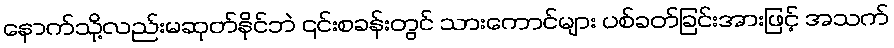
နောက်သို့လည်းမဆုတ်နိုင်ဘဲ ၎င်းစခန်းတွင် သားကောင်များ ပစ်ခတ်ခြင်းအားဖြင့် အသက်